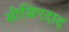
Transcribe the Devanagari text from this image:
सोसिएदाद